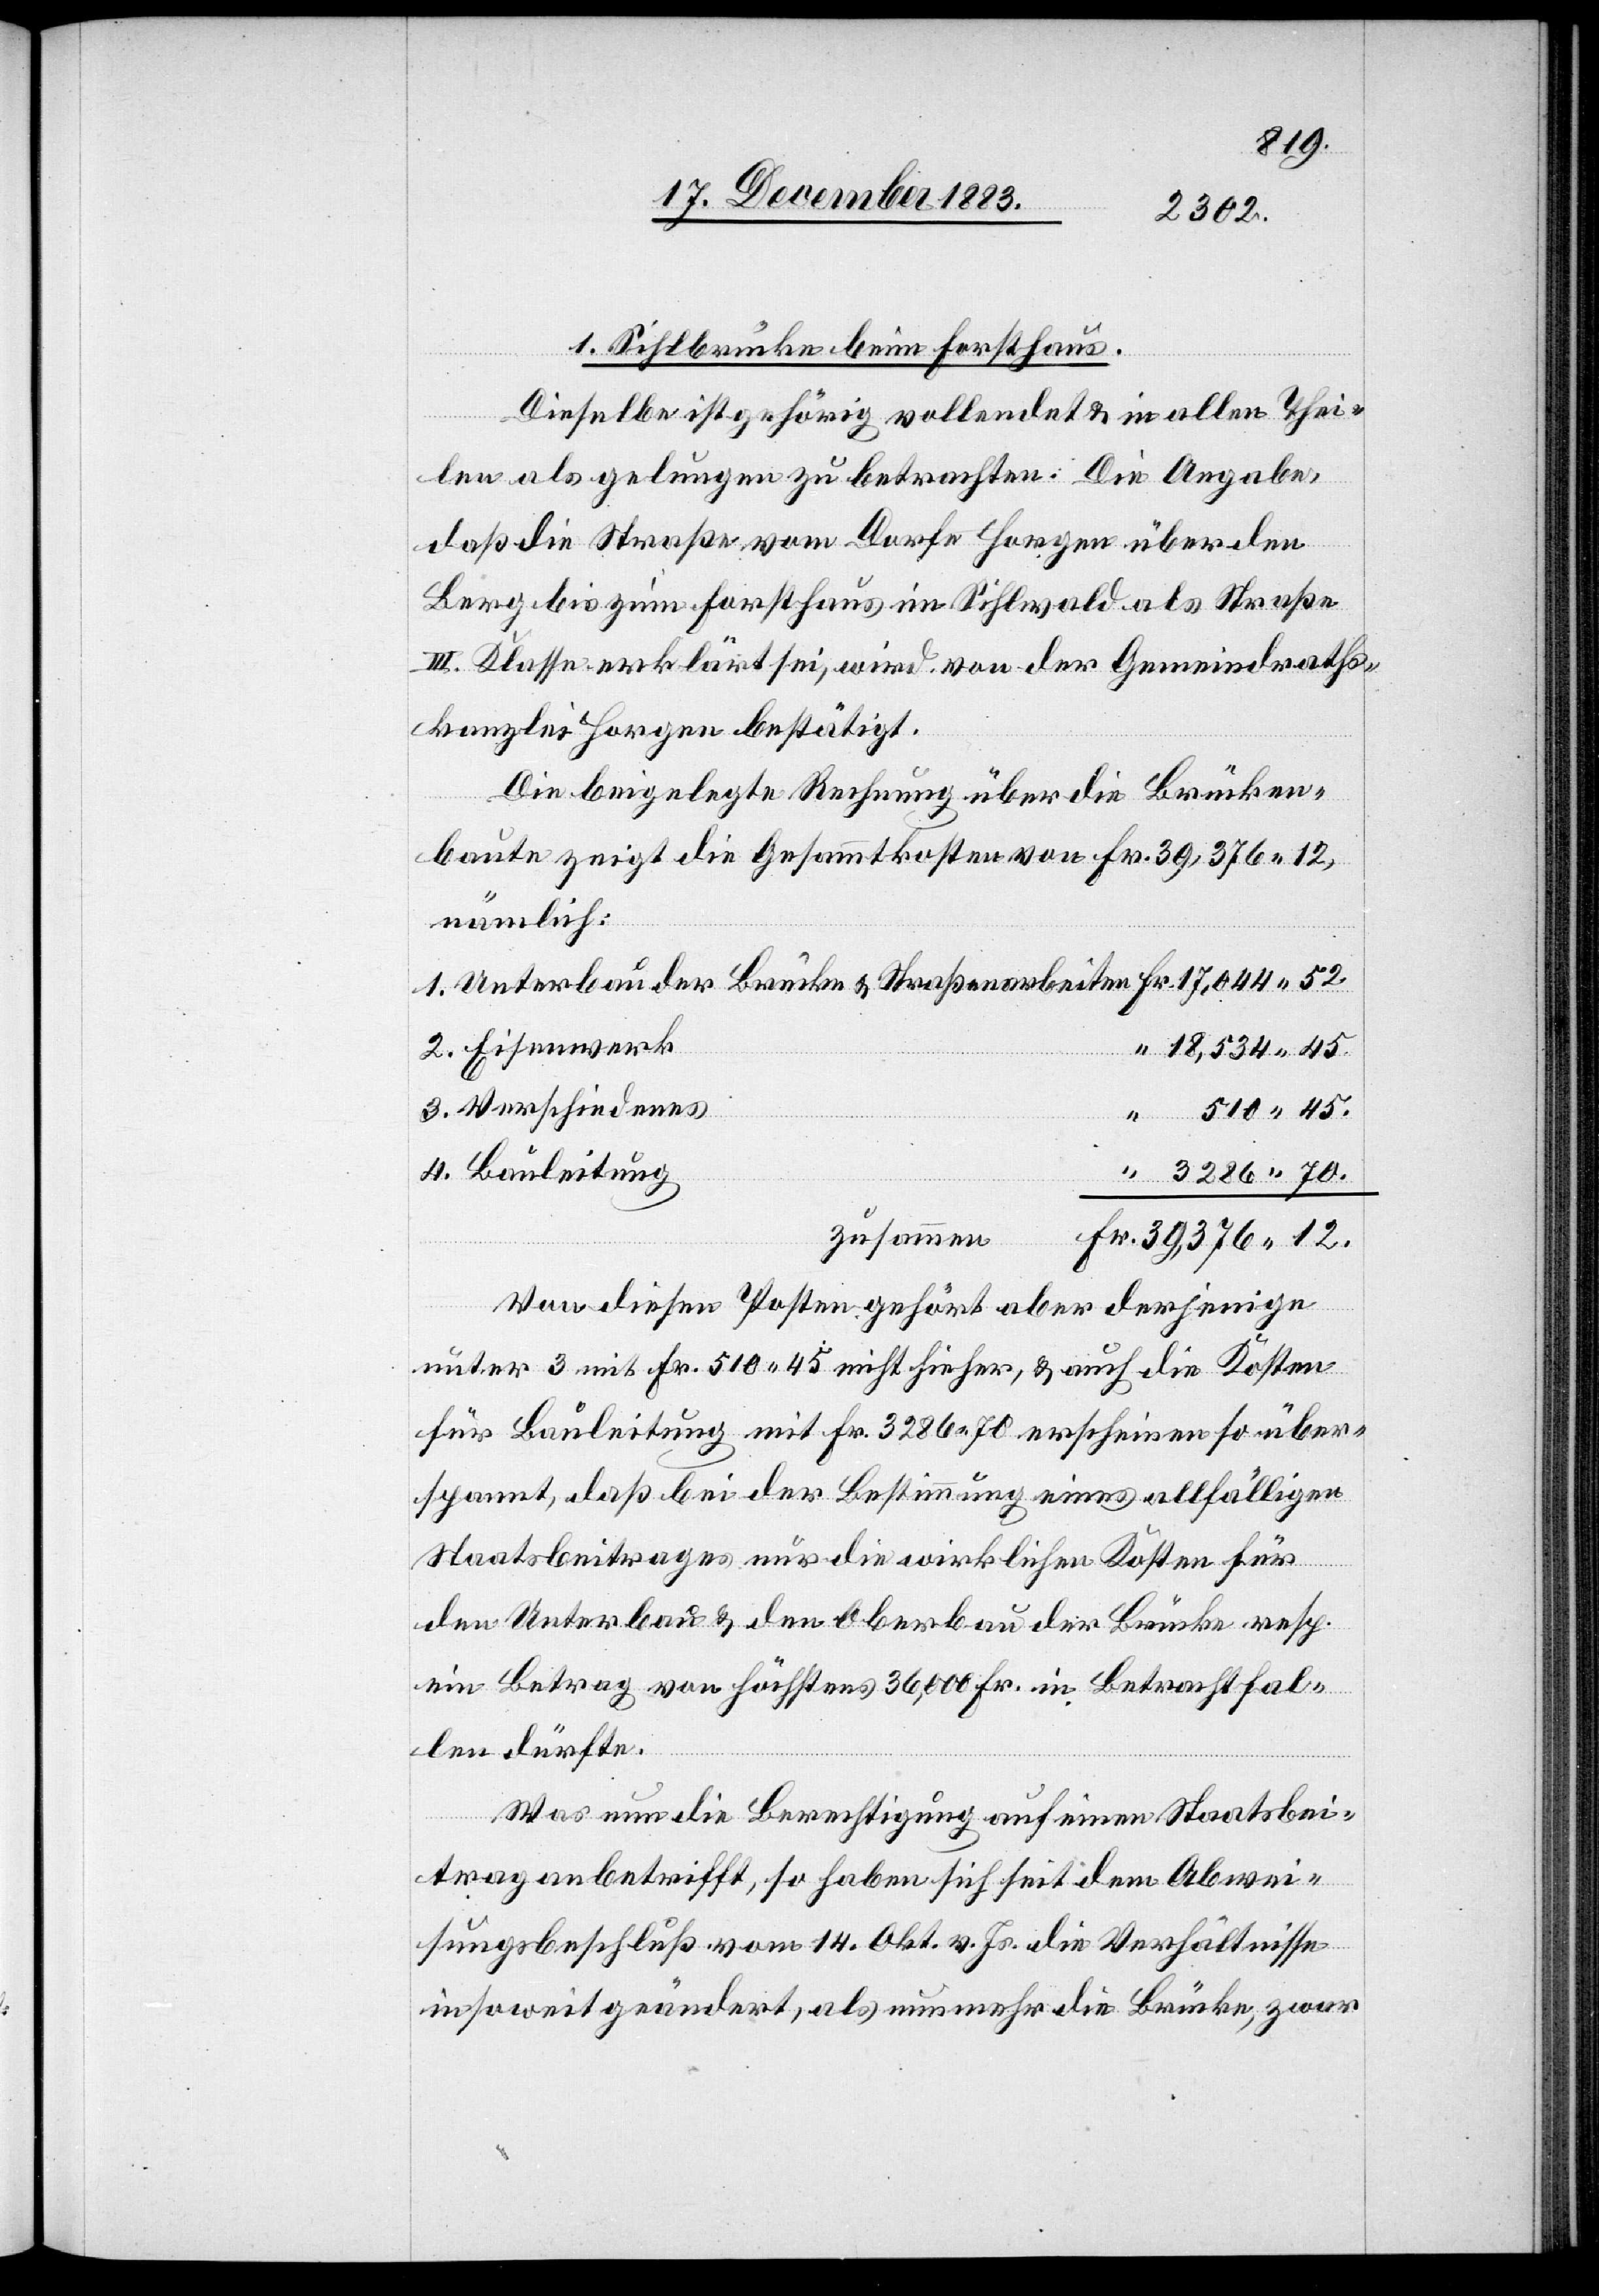
1. Sihlbrücke beim Forsthaus.
Dieselbe ist gehörig vollendet & in allen Thei¬
len als gelungen zu betrachten: Die Angabe
daß die Straße vom Dorfe Horgen über den
Berg bis zum Forsthaus im Sihlwald als Straße
III. Klasse erklärt sei, wird von der Gemeindraths¬
kanzlei Horgen bestätigt.
Die beigelegte Rechnung über die Brücken¬
baute zeigt die Gesammtkosten von Fr. 39,376 12,
nämlich:
18,534 45.
3.
Verschiedenes
Bauleitung
70.
zusammen
39,376 12.
Von diesen Posten gehört aber derjenige
unter 3 mit Fr. 510 45 nicht hieher, & auch die Kosten
für Bauleitung mit Fr. 3286 70 erscheinen so über¬
spannt, daß bei der Bestimmung eines allfälligen
Staatsbeitrages nur die wirklichen Kosten für
den Unterbau & den Oberbau der Brücke resp.
ein Betrag von höchstens 36,000 Fr. in Betracht fal¬
len dürfte.
4.
Was nun die Berechtigung auf einen Staatsbei¬
trag anbetrifft, so haben sich seit dem Abwei¬
sungsbeschluß vom 14. Okt. v. Js. die Verhältnisse
insoweit geändert, als nunmehr die Brücke, zwar